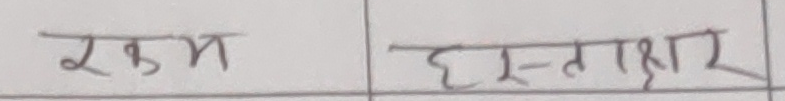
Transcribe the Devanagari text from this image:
रकम हस्ताक्षर